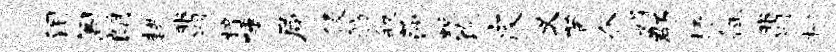
泪阁朗耕翡梓唾局侵舫叙莎蜕饱皮义茵介娟郡抒征翡栅